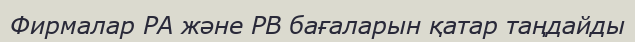
Фирмалар PA және PB бағаларын қатар таңдайды